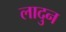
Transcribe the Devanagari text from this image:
लादुन